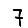
Digit: 7